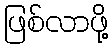
ဖြစ်လာဖို့